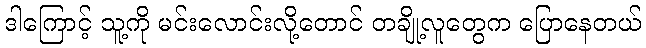
ဒါကြောင့် သူ့ကို မင်းလောင်းလို့တောင် တချို့လူတွေက ပြောနေတယ်